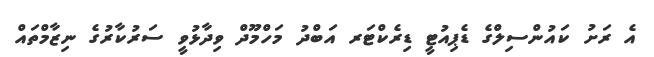
އެ ރަށު ކައުންސިލްގެ ޑެޕިއުޓީ ޑިރެކްޓަރ އަބްދު މަހްމޫދް ވިދާޅުވީ ސަރުކާރުގެ ނިޒާމްތައް